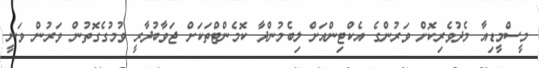
މީސްމީޑިއާ މެދުވެރިކޮށް ވަރުންގެ އެކްޓިންއަށް ލިބެމުންދާ ކޮމެންޓްތަކަށް ޖަވާބުދާރީ ވުމުގެގޮތުން ވަރުން ވަނީ